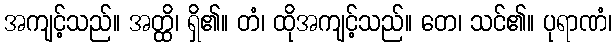
အကျင့်သည်။ အတ္ထိ၊ ရှိ၏။ တံ၊ ထိုအကျင့်သည်။ တေ၊ သင်၏။ ပုရာဏံ၊